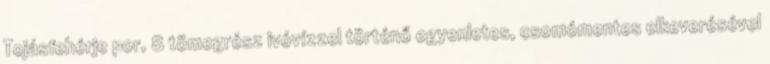
Tojásfehérje por, 8 tömegrész ivóvízzel történő egyenletes, csomómentes elkeverésével